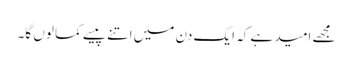
مجھے امید ہے کہ ایک دن میں اتنے پیسے کما لوں گا۔